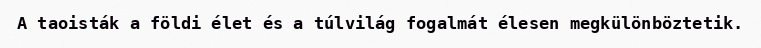
A taoisták a földi élet és a túlvilág fogalmát élesen megkülönböztetik.